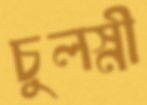
চুলস্নী